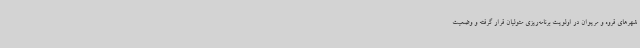
شهرهای قروه و مریوان در اولویت برنامه‌ریزی متولیان قرار گرفته و وضعیت